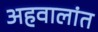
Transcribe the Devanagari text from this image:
अहवालांत